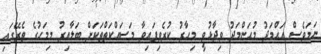
ނަމަވެސް އަޙްމަދު މުޙަންމަދު ވިދާޅުވީ މިހާރު ކުރެވިފައިވާ މަސައްކަތްތަކަށް ބަލާއިރު މިމަހުގެ ތެރޭގައި